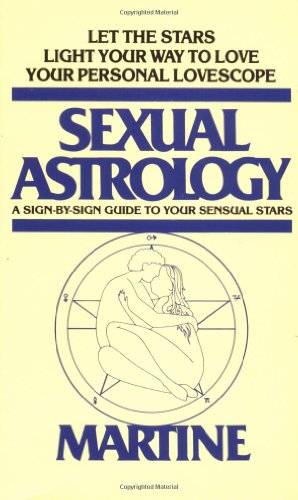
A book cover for Sexual Astrology: A Sign-by-Sign Guide to Your Sensual Stars; Joanna Woolfolk; Religion & Spirituality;